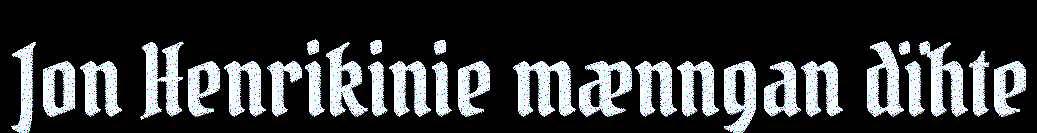
Jon Henrikinie mænngan dïhte